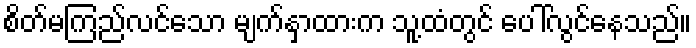
စိတ်မကြည်လင်သော မျက်နှာထားက သူ့ထံတွင် ပေါ်လွင်နေသည်။